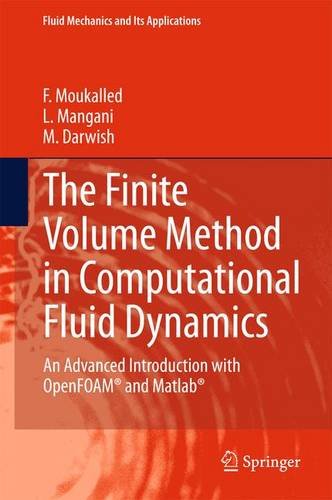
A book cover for The Finite Volume Method in Computational Fluid Dynamics: An Advanced Introduction with OpenFOAMÂ® and Matlab (Fluid Mechanics and Its Applications); F. Moukalled; Science & Math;